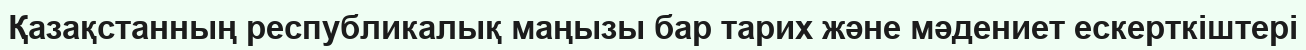
Қазақстанның республикалық маңызы бар тарих және мәдениет ескерткіштері